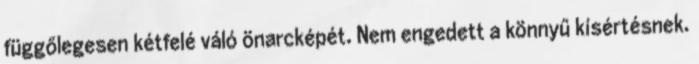
függőlegesen kétfelé váló önarcképét. Nem engedett a könnyű kísértésnek.